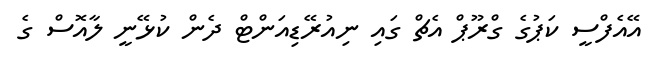
އޭއެފްސީ ކަޕުގެ ގްރޫޕް އެޗް ގައި ނިއުރޭޑިއަންޓް ދެން ކުޅޭނީ ލާއޮސް ގެ